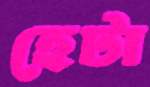
হেটা